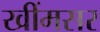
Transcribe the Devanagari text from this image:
खींमसर